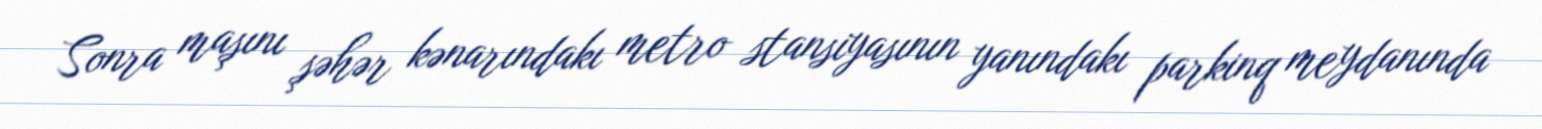
Sonra maşını şəhər kənarındakı metro stansiyasının yanındakı parkinq meydanında